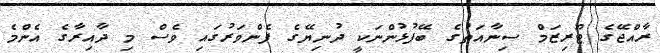
ރާއްޖޭގެ ޓޫރިޒަމް ސިނާއަތުގެ ބޭފުޅުންނަކީ ދުނިޔޭގެ ފެންވަރުގައި ވެސް މި ދާއިރާގެ އެންމެ